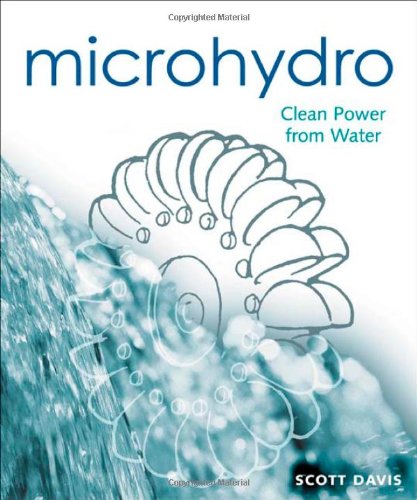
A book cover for Microhydro: Clean Power from Water (Wise Living); Scott Davis; Crafts, Hobbies & Home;